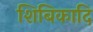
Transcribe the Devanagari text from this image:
शिबिकादि